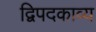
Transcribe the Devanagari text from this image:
द्विपदकाव्य